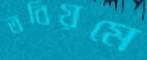
তবিয়মে